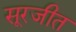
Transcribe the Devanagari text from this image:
सूरजीत